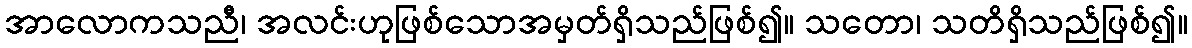
အာလောကသညီ၊ အလင်းဟုဖြစ်သောအမှတ်ရှိသည်ဖြစ်၍။ သတော၊ သတိရှိသည်ဖြစ်၍။